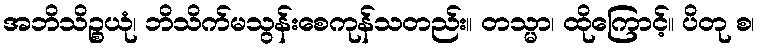
အဘိသိဉ္စယုံ၊ ဘိသိက်မသွန်းစေကုန်သတည်း။ တသ္မာ၊ ထိုကြောင့်။ ပိတု စ၊